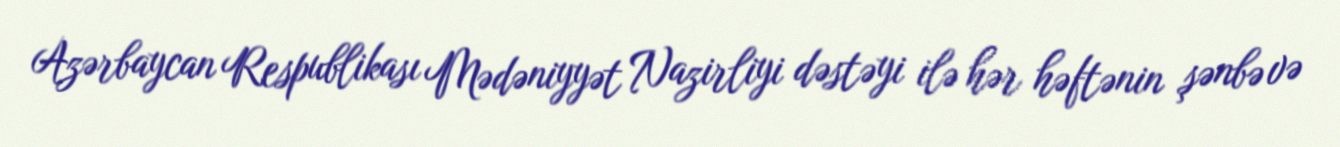
Azərbaycan Respublikası Mədəniyyət Nazirliyi dəstəyi ilə hər həftənin şənbə və